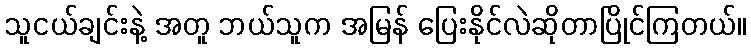
သူငယ်ချင်းနဲ့ အတူ ဘယ်သူက အမြန် ပြေးနိုင်လဲဆိုတာပြိုင်ကြတယ်။